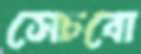
সেচবো